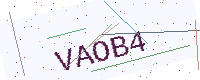
Text: VAOB4